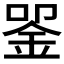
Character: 𬫈